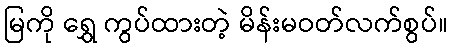
မြကို ရွှေ ကွပ်ထားတဲ့ မိန်းမဝတ်လက်စွပ်။